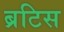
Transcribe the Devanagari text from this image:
ब्रटिस